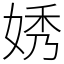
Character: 㛢